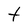
Character: t